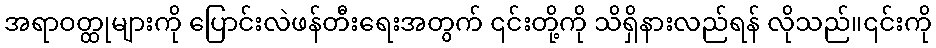
အရာဝတ္ထုများကို ပြောင်းလဲဖန်တီးရေးအတွက် ၎င်းတို့ကို သိရှိနားလည်ရန် လိုသည်။၎င်းကို